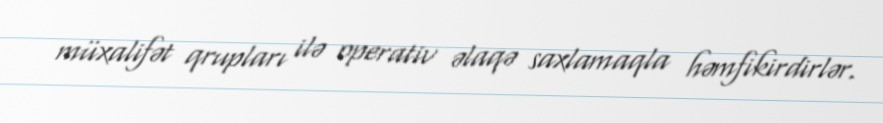
müxalifət qrupları ilə operativ əlaqə saxlamaqla həmfikirdirlər.